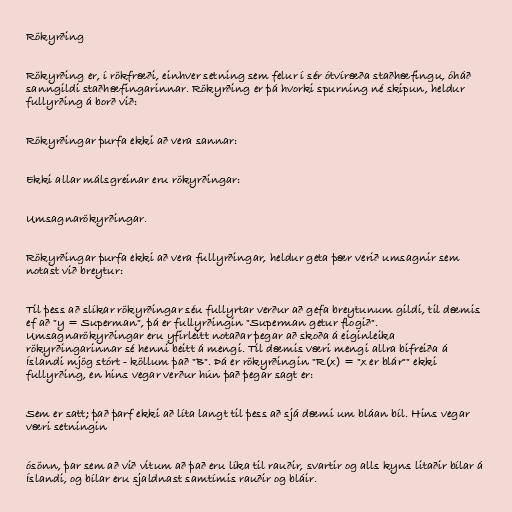
Rökyrðing

Rökyrðing er, í rökfræði, einhver setning sem felur í sér ótvíræða staðhæfingu, óháð
sanngildi staðhæfingarinnar. Rökyrðing er þá hvorki spurning né skipun, heldur
fullyrðing á borð við:

Rökyrðingar þurfa ekki að vera sannar:

Ekki allar málsgreinar eru rökyrðingar:

Umsagnarökyrðingar.

Rökyrðingar þurfa ekki að vera fullyrðingar, heldur geta þær verið umsagnir sem
notast við breytur:

Til þess að slíkar rökyrðingar séu fullyrtar verður að gefa breytunum gildi, til dæmis
ef að "y = Superman", þá er fullyrðingin "Superman getur flogið".
Umsagnarökyrðingar eru yfirleitt notaðar þegar að skoða á eiginleika
rökyrðingarinnar sé henni beitt á mengi. Til dæmis væri mengi allra bifreiða á
Íslandi mjög stórt - köllum það "B". Þá er rökyrðingin "R(x) = "x er blár"" ekki
fullyrðing, en hins vegar verður hún það þegar sagt er:

Sem er satt; það þarf ekki að líta langt til þess að sjá dæmi um bláan bíl. Hins vegar
væri setningin

ósönn, þar sem að við vitum að það eru líka til rauðir, svartir og alls kyns litaðir bílar á
Íslandi, og bílar eru sjaldnast samtímis rauðir og bláir.